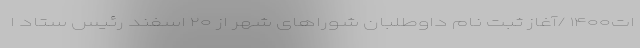
ات۱۴۰۰ /آغاز ثبت نام داوطلبان شوراهای شهر از ۲۰ اسفند رئیس ستاد ا